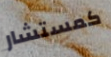
كمستشار